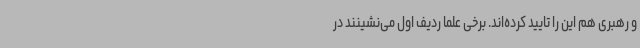
و رهبری هم این را تایید کرده‌اند. برخی علما ردیف اول می‌نشینند در